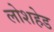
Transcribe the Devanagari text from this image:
लोशहेड